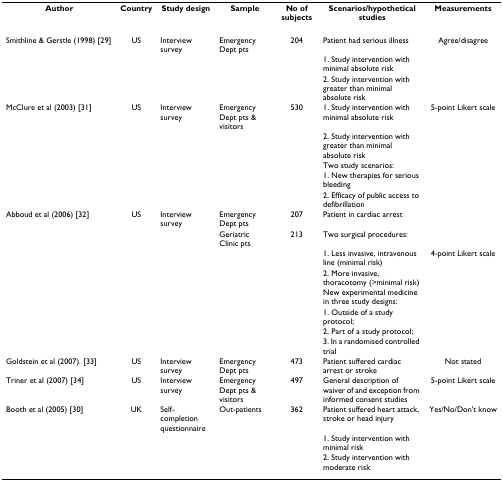
| Author | Country | Study design | Sample | No of subjects | Scenarios/hypothetical studies | Measurements |
 | --- | --- | --- | --- | --- | --- | --- |
 | Smithline & Gerstle (1998) [29] | US | Interview survey | Emergency Dept pts | 204 | Patient had serious illness | Agree/disagree |
 |  |  |  |  |  | 1. Study intervention with minimal absolute risk |  |
 |  |  |  |  |  | 2. Study intervention with greater than minimal absolute risk |  |
 | McClure et al (2003) [31] | US | Interview survey | Emergency Dept pts & visitors | 530 | 1. Study intervention with minimal absolute risk | 5-point Likert scale |
 |  |  |  |  |  | 2. Study intervention with greater than minimal absolute risk |  |
 |  |  |  |  |  | Two study scenarios: |  |
 |  |  |  |  |  | 1. New therapies for serious bleeding |  |
 |  |  |  |  |  | 2. Efficacy of public access to defibrillation |  |
 | Abboud et al (2006) [32] | US | Interview survey | Emergency Dept pts | 207 | Patient in cardiac arrest |  |
 |  |  |  | Geriatric Clinic pts | 213 | Two surgical procedures: |  |
 |  |  |  |  |  | 1. Less invasive, intravenous line (minimal risk) | 4-point Likert scale |
 |  |  |  |  |  | 2. More invasive, thoracotomy (>minimal risk) |  |
 |  |  |  |  |  | New experimental medicine in three study designs: |  |
 |  |  |  |  |  | 1. Outside of a study protocol; |  |
 |  |  |  |  |  | 2. Part of a study protocol; |  |
 |  |  |  |  |  | 3. In a randomised controlled trial |  |
 | Goldstein et al (2007). [33] | US | Interview survey | Emergency Dept pts | 473 | Patient suffered cardiac arrest or stroke | Not stated |
 | Triner et al (2007) [34] | US | Interview survey | Emergency Dept pts & visitors | 497 | General description of waiver of and exception from informed consent studies | 5-point Likert scale |
 | Booth et al (2005) [30] | UK | Self-completion questionnaire | Out-patients | 362 | Patient suffered heart attack, stroke or head injury | Yes/No/Don't know |
 |  |  |  |  |  | 1. Study intervention with minimal risk |  |
 |  |  |  |  |  | 2. Study intervention with moderate risk |  |